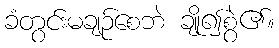
ခံတွင်းမချဉ်စေဘဲ ချို၍စွဲ၏။